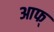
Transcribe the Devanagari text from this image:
आफ्